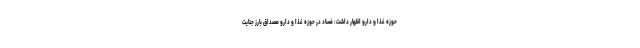
حوزه غذا و دارو اظهار داشت: فساد در حوزه غذا و دارو مصداق بارز جنایت